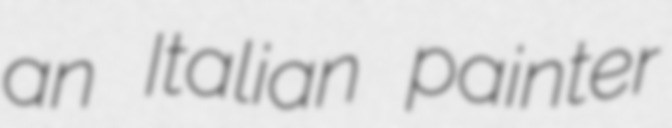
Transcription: an Italian painter